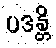
ပဒန္တိ